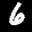
Label: 6